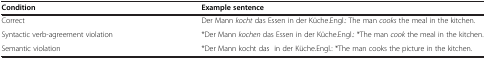
<table><thead><tr><td><b>Condition</b></td><td><b>Example sentence</b></td></tr></thead><tbody><tr><td>Correct</td><td>Der Mann <i>kocht</i> das Essen in der Küche.Engl.: The man <i>cooks</i> the meal in the kitchen.</td></tr><tr><td>Syntactic verb-agreement violation</td><td>*Der Mann <i>kochen</i> das Essen in der Küche.Engl.: *The man <i>cook</i> the meal in the kitchen.</td></tr><tr><td>Semantic violation</td><td>*Der Mann kocht das in der Küche.Engl.: *The man cooks the picture in the kitchen.</td></tr></tbody></table>